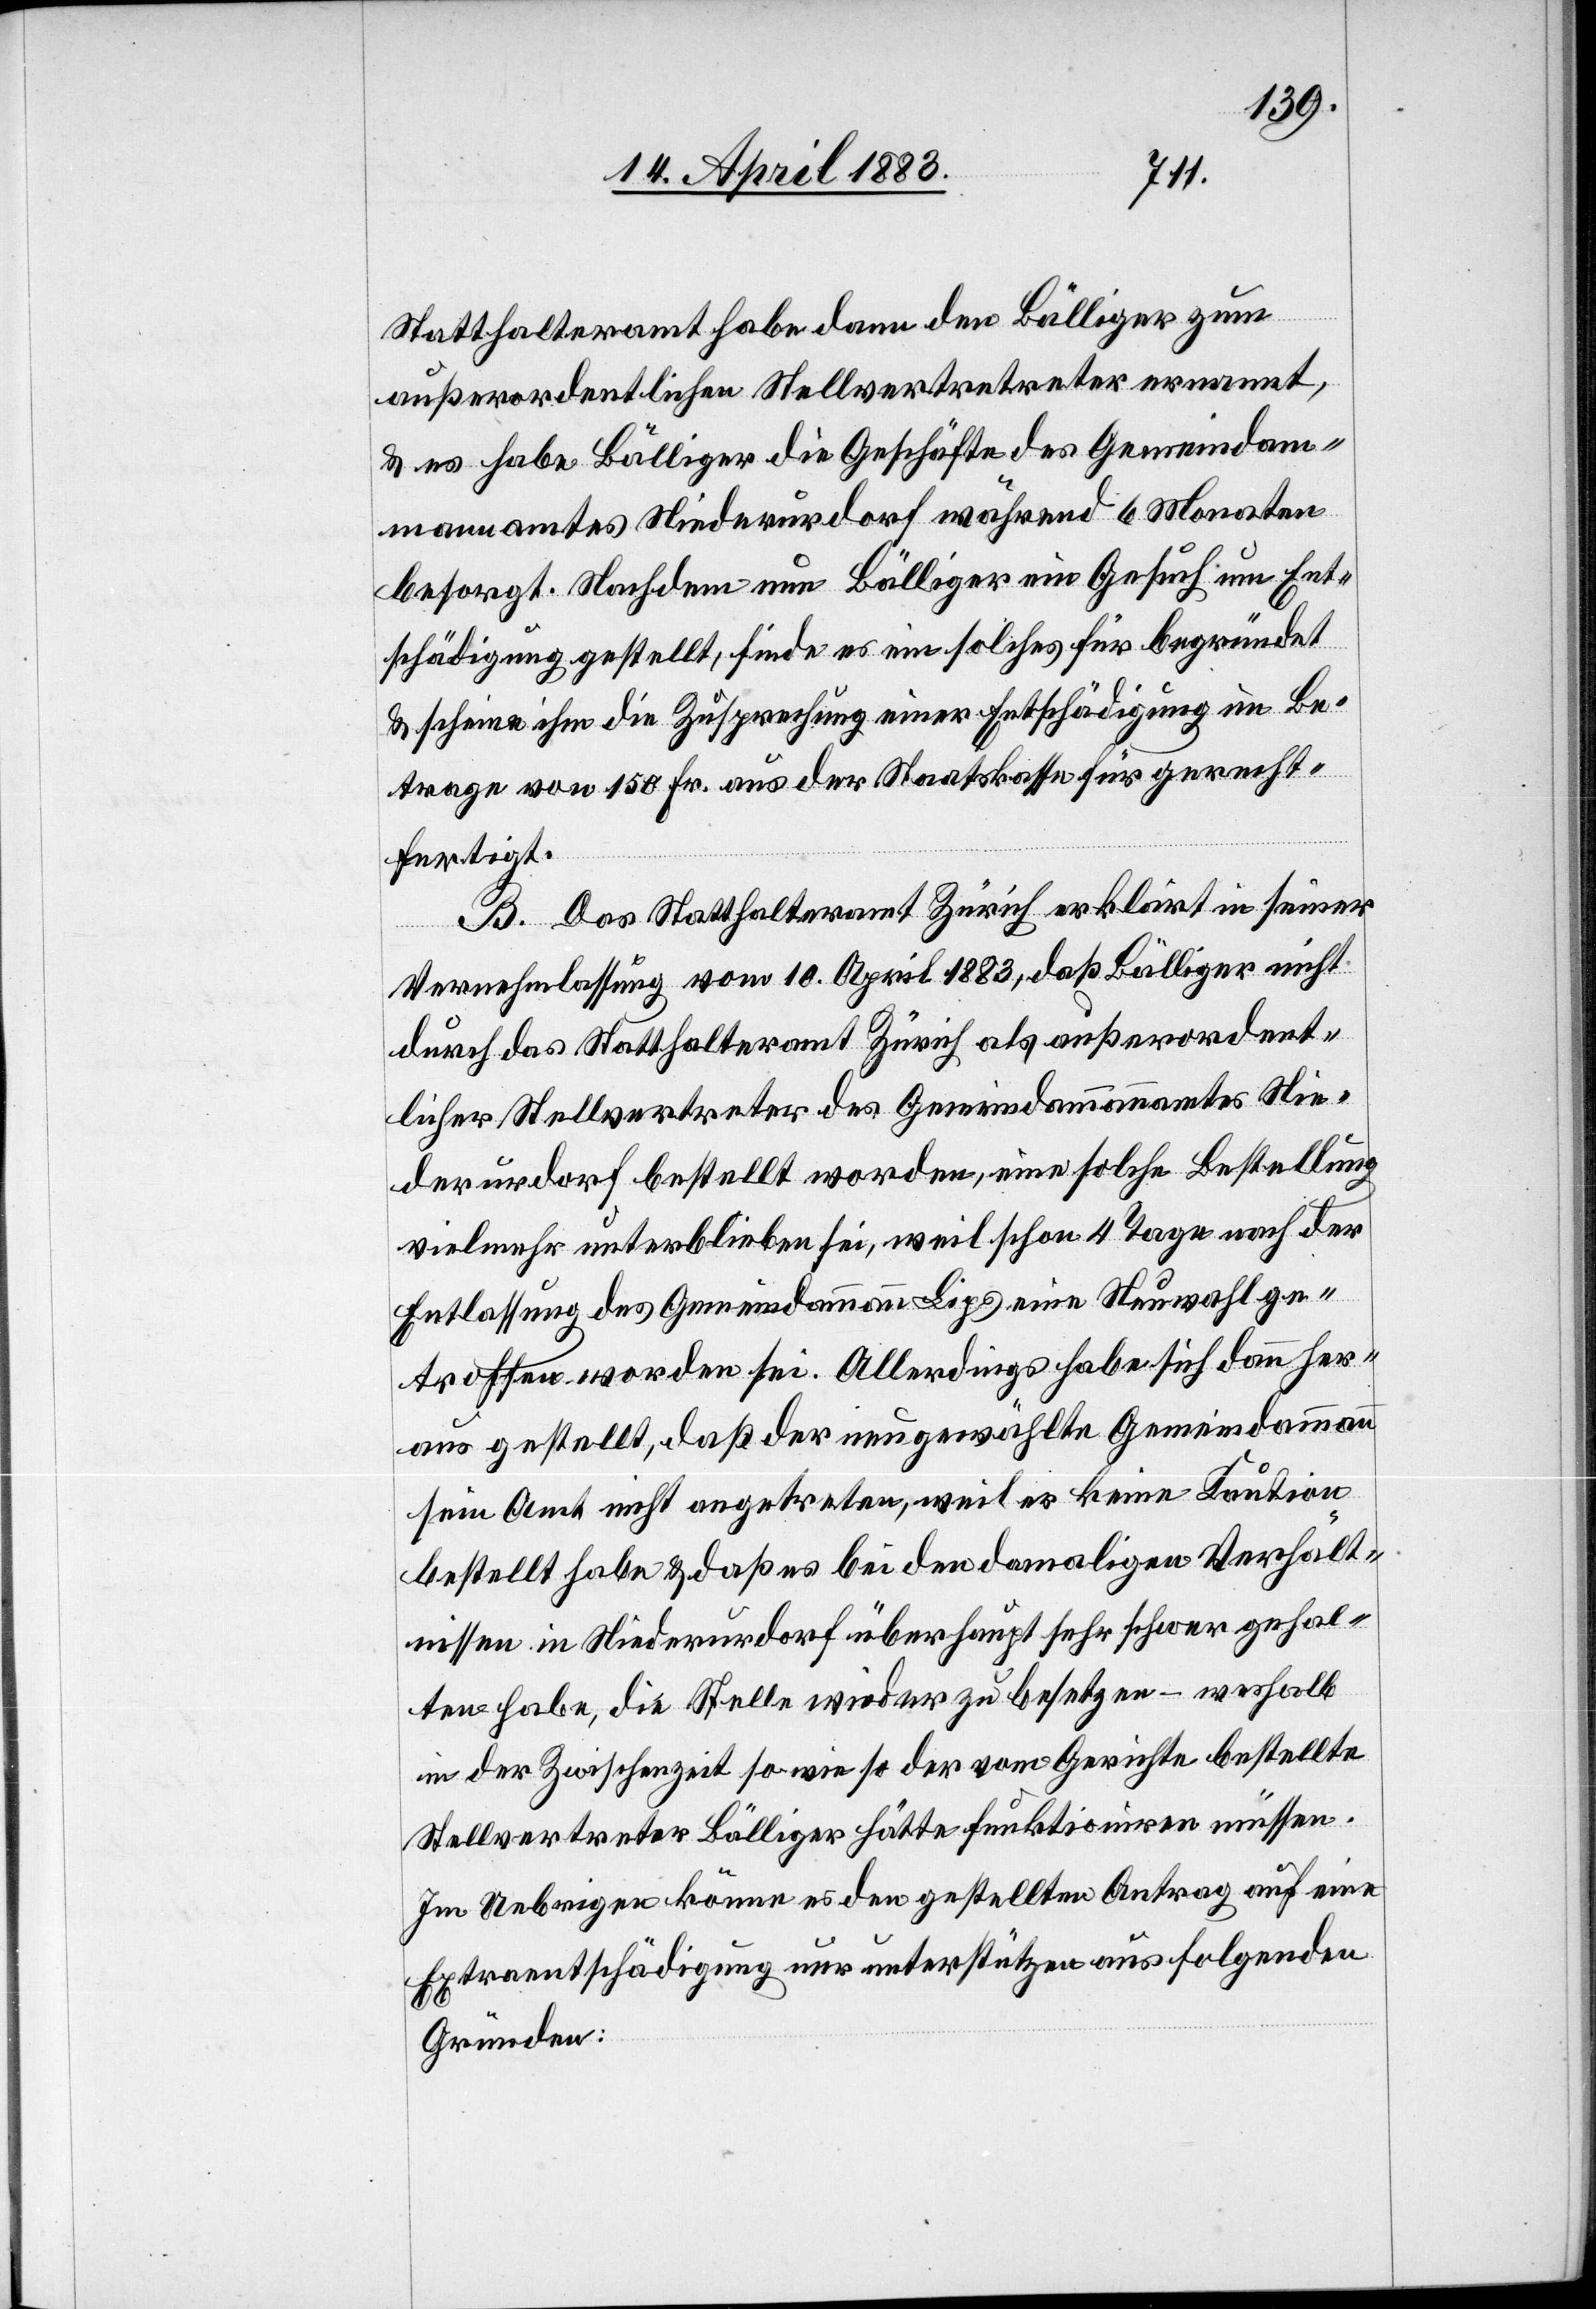
Statthalteramt habe dann den Bälliger zum
außerordentlichen Stellvertretreter [sic!] ernannt,
& es habe Bälliger die Geschäfte des Gemeindam¬
mannamtes Niederurdof während 6 Monaten
besorgt. Nachdem nun Bälliger ein Gesuch um Ent¬
schädigung gestellt, finde es ein solches für begründet
& scheine ihm die Zusprechung einer Entschädigung im Be¬
trage von 150 Fr. aus der Staatskasse für gerecht¬
fertigt.
B. Das Statthalteramt Zürich erklärt in seiner
Vernehmlassung vom 10. April 1883, daß Bälliger nicht
durch das Statthalteramt Zürich als außerordent¬
licher Stellvertreter des Gemeindammannamtes Nie¬
derurdorf bestellt worden, eine solche Bestellung
vielmehr unterblieben sei, weil schon 4 Tage nach der
Entlassung des Gemeindammann Lips eine Neuwahl ge¬
troffen worden sei. Allerdings habe sich dann her¬
aus gestellt, daß der neugewählte Gemeindammann
sein Amt nicht angetreten, weil er keine Kaution
bestellt habe & daß es bei den damaligen Verhält¬
nissen in Niederurdorf überhaupt sehr schwer gehal¬
ten habe, die Stelle wieder zu besetzen – weshalb
in der Zwischenzeit so wie so der vom Gerichte bestellte
Stellvertreter Bälliger hätte funktioniren müssen.
Im Uebrigen könne es den gestellten Antrag auf eine
Extraentschädigung nur unterstützen aus folgenden
Gründen: